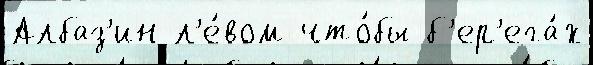
Албаз'ин л'е́вом что́бы б'ер'ега́х